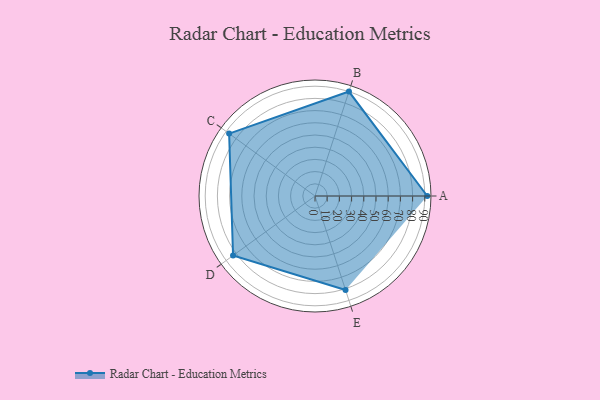
{"axis": {"x": "Skill", "y": "Score"}, "legend": ["Profile"], "data": [{"x": "A", "y": 92.0, "type": "Profile"}, {"x": "B", "y": 90.0, "type": "Profile"}, {"x": "C", "y": 87.0, "type": "Profile"}, {"x": "D", "y": 83.0, "type": "Profile"}, {"x": "E", "y": 81.0, "type": "Profile"}]}